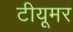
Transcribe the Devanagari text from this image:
टीयूमर